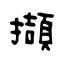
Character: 擷